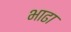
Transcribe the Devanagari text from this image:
भाढा